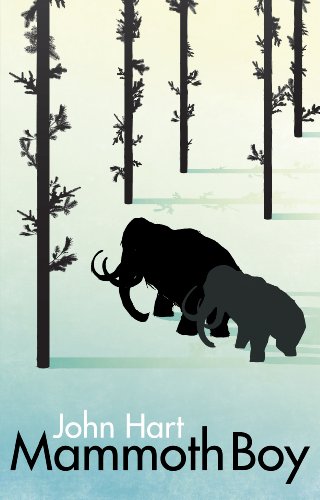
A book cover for Mammoth Boy; John Hart; Teen & Young Adult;